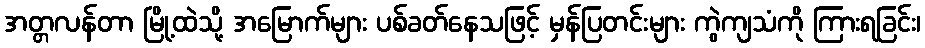
အတ္တလန်တာ မြို့ထဲသို့ အမြောက်များ ပစ်ခတ်နေသဖြင့် မှန်ပြတင်းများ ကွဲကျသံကို ကြားရခြင်း၊